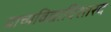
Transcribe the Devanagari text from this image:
प्राच्यविद्याविशारद